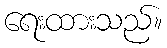
ရေးထားသည်။